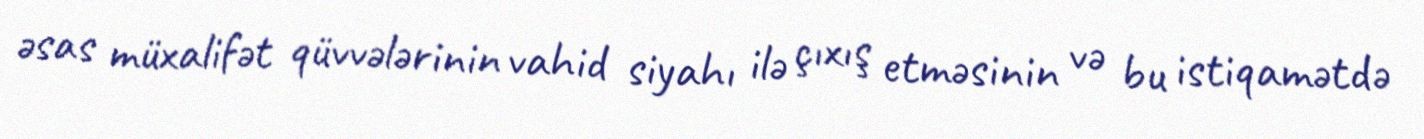
əsas müxalifət qüvvələrinin vahid siyahı ilə çıxış etməsinin və bu istiqamətdə